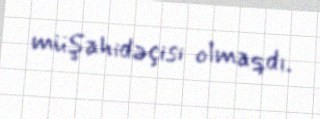
müşahidəçisi olmaqdı.